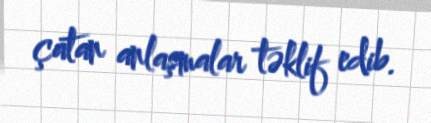
çatan anlaşmalar təklif edib.